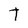
Character: t